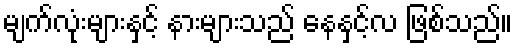
မျက်လုံးများနှင့် နားများသည် နေနှင့်လ ဖြစ်သည်။